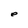
Character: e